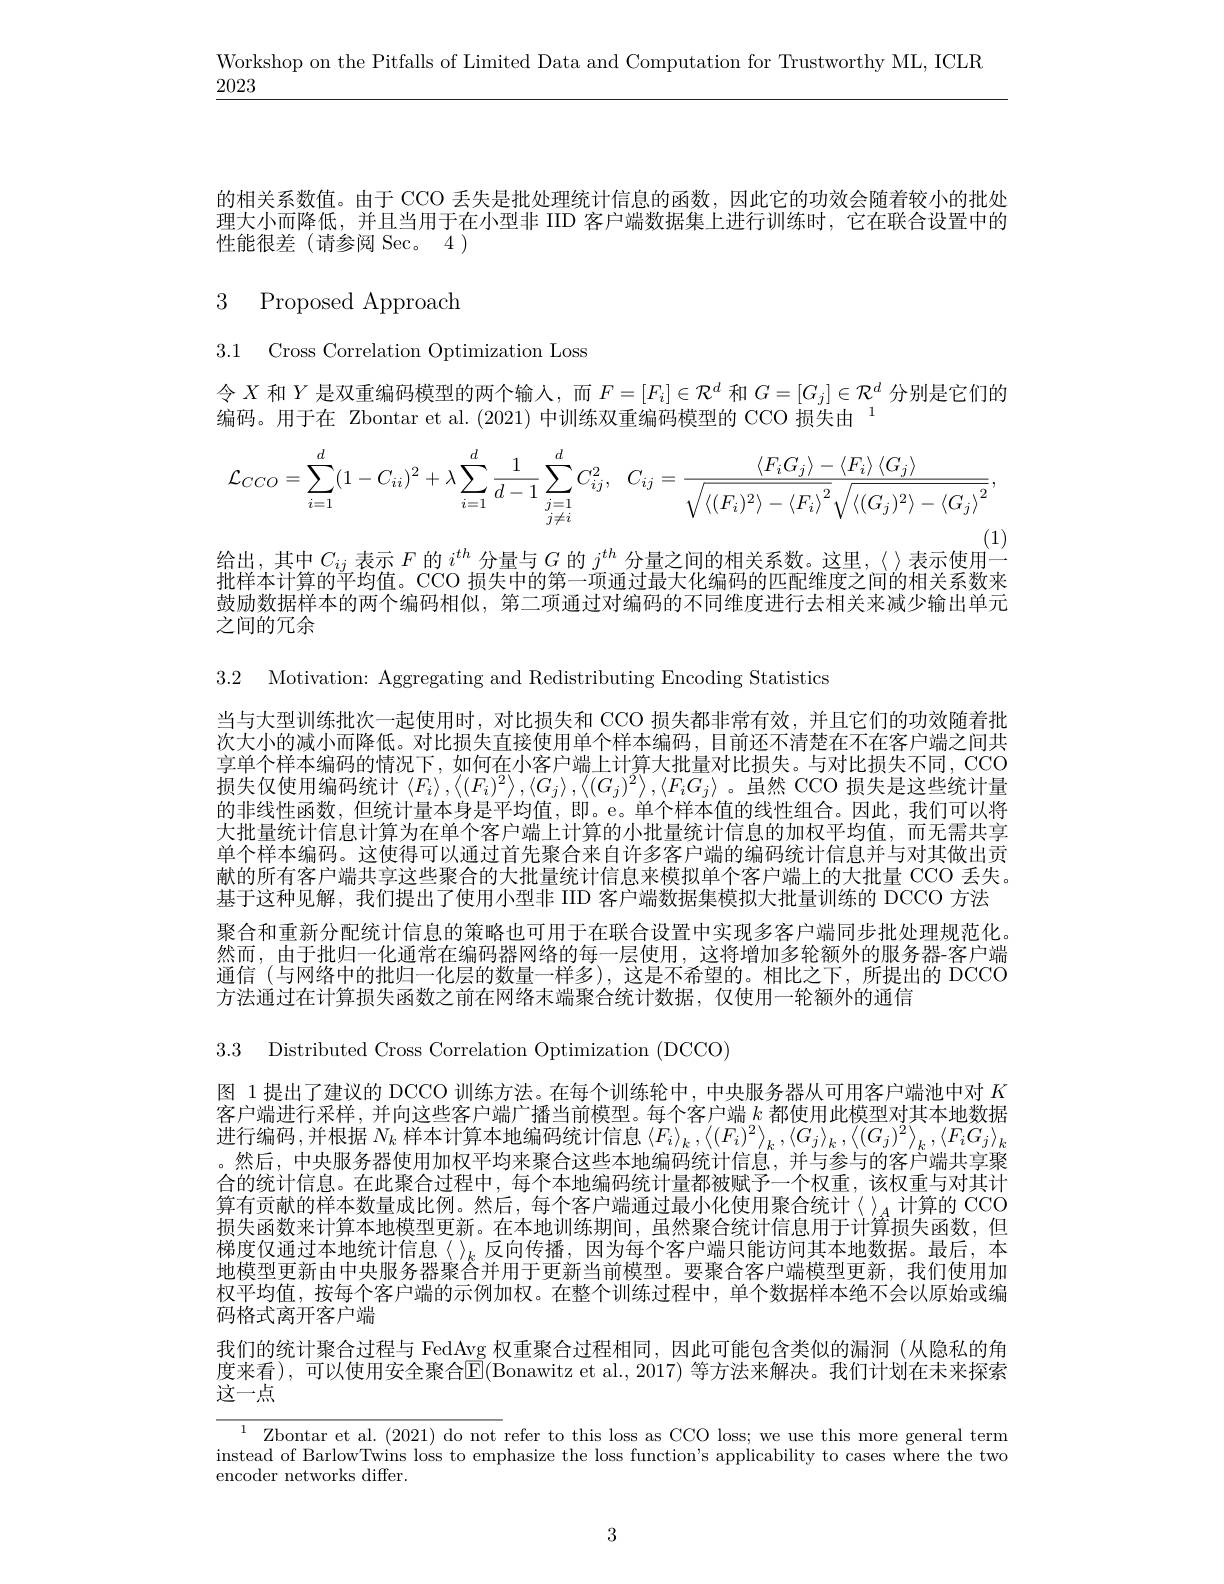
Workshop on the Pitfalls of Limited Data and Computation for Trustworthy ML, ICLR

2023

的相关系数值。由于 CCO 丢失是批处理统计信息的函数，因此它的功效会随着较小的批处理大小而降低，并且当用于在小型非 IID 客户端数据集上进行训练时，它在联合设置中的性能很差(请参阅 Sec。4)

3 Proposed Approach

3.1 Cross Correlation Optimization Loss

令$X$和$Y$是双重编码模型的两个输入，而$F=[F_i]\in\mathcal{R}^d$和$G=[G_j]\in\mathcal{R}^d$分别是它们的
编码。用于在 Zbontar et al.(2021) 中训练双重编码模型的 CCO 损失由
$$\mathcal{L}_{CCO}=\sum_{i=1}^{d}(1-C_{ii})^{2}+\lambda\sum_{i=1}^{d}\frac{1}{d-1}\sum_{j=1\atop j\neq i}^{d}C_{ij}^{2},\quad C_{ij}=\frac{\langle F_{i}G_{j}\rangle-\langle F_{i}\rangle\:\langle G_{j}\rangle}{\sqrt{\langle(F_{i})^{2}\rangle-\langle F_{i}\rangle^{2}}\sqrt{\langle(G_{j})^{2}\rangle-\langle G_{j}\rangle^{2}}},$$
给出，其中$C_ij$表示$F$的$i^{th}$分量与$G$的$j^th$分量之间的相关系数。这里，〈〉表示使用一

批样本计算的平均值。CCO 损失中的第一项通过最大化编码的匹配维度之间的相关系数来鼓励数据样本的两个编码相似，第二项通过对编码的不同维度进行去相关来减少输出单元之间的冗余

3.2 Motivation: Aggregating and Redistributing Encoding Statistics

当与大型训练批次一起使用时，对比损失和 CCO 损失都非常有效，并且它们的功效随着批次大小的减小而降低。对比损失直接使用单个样本编码，目前还不清楚在不在客户端之间共享单个样本编码的情况下，如何在小客户端上计算大批量对比损失。与对比损失不同，CCO 损失仅使用编码统计《$F_i\rangle,\left\langle(F_i)^2\right\rangle,\left\langle G_j\right\rangle,\left\langle(G_j)^2\right\rangle,\left\langle F_iG_j\right\rangle$。虽然 CCO 损失是这些统计量的非线性函数，但统计量本身是平均值，即。e。单个样本值的线性组合。因此，我们可以将大批量统计信息计算为在单个客户端上计算的小批量统计信息的加权平均值，而无需共享单个样本编码。这使得可以通过首先聚合来自许多客户端的编码统计信息并与对其做出贡献的所有客户端共享这些聚合的大批量统计信息来模拟单个客户端上的大批量 CCO 丢失。基于这种见解，我们提出了使用小型非 IID 客户端数据集模拟大批量训练的 DCCO 方法聚合和重新分配统计信息的策略也可用于在联合设置中实现多客户端同步批处理规范化然而，由于批归一化通常在编码器网络的每一层使用，这将增加多轮额外的服务器-客户端通信 (与网络中的批归一化层的数量一样多),这是不希望的。相比之下，所提出的 DCCO 方法通过在计算损失函数之前在网络末端聚合统计数据，仅使用一轮额外的通信

3.3 Distributed Cross Correlation Optimization (DCCO)

图 1提出了建议的 DCCO 训练方法。在每个训练轮中，中央服务器从可用客户端池中对$K$ 客户端进行采样，并向这些客户端广播当前模型。每个客户端$k$都使用此模型对其本地数据进行编码，并根据$N_k$样本计算本地编码统计信息$\langle F_i\rangle_k,\langle(F_i)^2\rangle_k,\langle G_j\rangle_k,\langle(G_j)^2\rangle_k,\langle F_iG_j\rangle_k$ 。然后，中央服务器使用加权平均来聚合这些本地编码统计信息，并与参与的客户端共享聚合的统计信息。在此聚合过程中，每个本地编码统计量都被赋予一个权重，该权重与对其计算有贡献的样本数量成比例。然后，每个客户端通过最小化使用聚合统计〈〉_A 计算的 CCO 损失函数来计算本地模型更新。在本地训练期间，虽然聚合统计信息用于计算损失函数，但梯度仅通过本地统计信息《》$_k$反向传播，因为每个客户端只能访问其本地数据。最后，本地模型更新由中央服务器聚合并用于更新当前模型。要聚合客户端模型更新，我们使用加权平均值，按每个客户端的示例加权。在整个训练过程中，单个数据样本绝不会以原始或编码格式离开客户端
我们的统计聚合过程与 FedAvg 权重聚合过程相同，因此可能包含类似的漏洞 (从隐私的角度来看),可以使用安全聚合$\mathbb{E}($Bonawitz et al., 2017) 等方法来解决。我们计划在未来探索

这一点

${\frac{1}{\text{Zbontar et al.(2021) do not}}}$refer to this loss as CCO loss; we use this more general terminstead of BarlowTwins loss to emphasize the loss function's applicability to cases where the two
encoder networks differ.

3